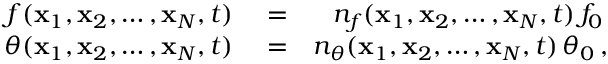
\begin{array} { r l r } { f ( { \bf x } _ { 1 } , { \bf x } _ { 2 } , \ldots , { \bf x } _ { N } , t ) } & { { } = } & { n _ { f } ( { \bf x } _ { 1 } , { \bf x } _ { 2 } , \ldots , { \bf x } _ { N } , t ) \, f _ { 0 } \, } \\ { \theta ( { \bf x } _ { 1 } , { \bf x } _ { 2 } , \ldots , { \bf x } _ { N } , t ) } & { { } = } & { n _ { \theta } ( { \bf x } _ { 1 } , { \bf x } _ { 2 } , \ldots , { \bf x } _ { N } , t ) \, \theta _ { 0 } \, , } \end{array}